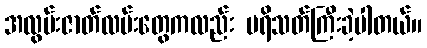
အလွမ်းဇာတ်လမ်းတွေကလည်း ပရိသတ်ကြီးခဲ့ပါတယ်။